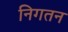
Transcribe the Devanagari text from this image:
निगतन